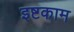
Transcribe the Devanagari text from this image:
इष्टकाम